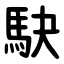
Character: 駃